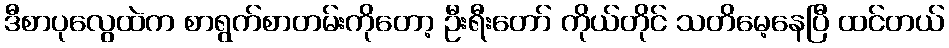
ဒီစာပုလွေထဲက စာရွက်စာတမ်းကိုတော့ ဦးရီးတော် ကိုယ်တိုင် သတိမေ့နေပြီ ထင်တယ်